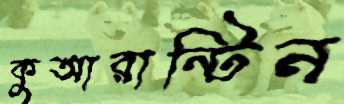
কুআরান্টিন